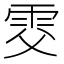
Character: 𩂎